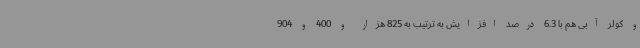
و کولر آبی هم با 6.3 درصد افزایش به ترتیب به 825 هزار و 400 و 904